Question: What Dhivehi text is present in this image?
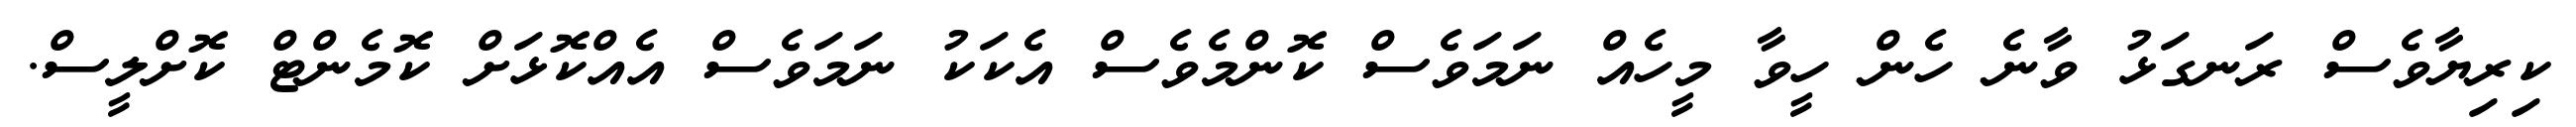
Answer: ކިރިޔާވެސް ރަނގަޅު ވާނެ ހެން ހީވާ މީހެއް ނަމަވެސް ކޮންމެވެސް އެކަކު ނަމަވެސް އެއްކޮޅަށް ކޮމެންޓް ކޮށްލީސް.